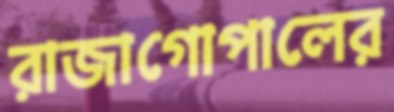
রাজাগোপালের